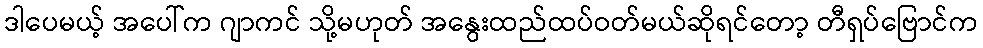
ဒါပေမယ့် အပေါ်က ဂျာကင် သို့မဟုတ် အနွေးထည်ထပ်ဝတ်မယ်ဆိုရင်တော့ တီရှပ်ဗြောင်က